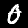
Digit: 0